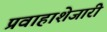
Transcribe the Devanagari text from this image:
प्रवाहाशेजारी